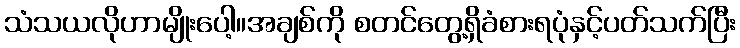
သံသယလိုဟာမျိုးပေါ့။အချစ်ကို စတင်တွေ့ရှိခံစားရပုံနှင့်ပတ်သက်ပြီး